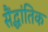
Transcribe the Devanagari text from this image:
सैंद्धांतिक